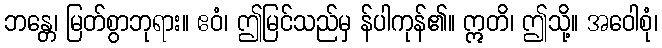
ဘန္တေ၊ မြတ်စွာဘုရား။ ဧဝံ၊ ဤမြင်သည်မှ န်ပါကုန်၏။ ဣတိ၊ ဤသို့။ အဝေါစုံ၊